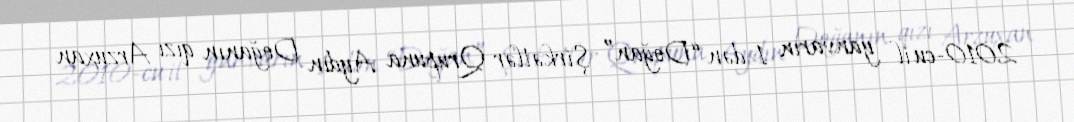
2010-cu il yanvarın 1-dən “Doğan” Şirkətlər Qrupuna Aydın Doğanın qızı Arzuxan